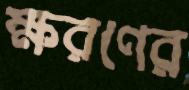
ক্ষরণের